Lunatic asylums Bombay report 1878-1890 - 1878-1890
Year: 1878
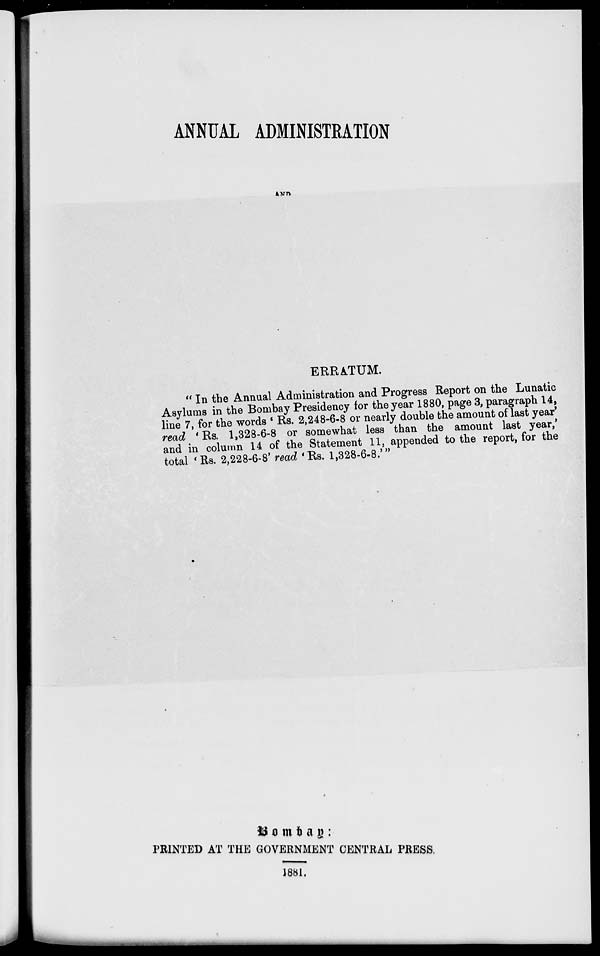
ANNUAL ADMINISTRATION
AND
ERRATUM.
" In the Annual Administration and Progress Report on the Lunatic
Asylums in the Bombay Presidency for the year 1880, page 3, paragraph 14,
line 7, for the words ' Rs. 2,248-6-8 or nearly double the amount of last year'
read ' Rs. 1,328-6-8 or somewhat less than the amount last year,'
and in column 14 of the Statement 11, appended to the report, for the
total 'Rs. 2,228-6-8' read 'Rs. 1,328-6-8.' "
Bombay :
PRINTED AT THE GOVERNMENT CENTRAL PRESS.
1881.